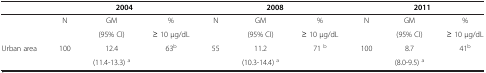
<table><thead><tr><td><b> </b></td><td colspan="3"><b>2004</b></td><td colspan="3"><b>2008</b></td><td colspan="3"><b>2011</b></td></tr></thead><tbody><tr><td rowspan="2"> </td><td rowspan="2">N</td><td>GM</td><td>%</td><td rowspan="2">N</td><td>GM</td><td>%</td><td rowspan="2">N</td><td>GM</td><td>%</td></tr><tr><td>(95% CI)</td><td>≥ 10 μg/dL</td><td>(95% CI)</td><td>≥ 10 μg/dL</td><td>(95% CI)</td><td>≥ 10 μg/dL</td></tr><tr><td>Urban area</td><td>100</td><td>12.4</td><td>63<sup>b</sup></td><td>55</td><td>11.2</td><td>71 <sup>b</sup></td><td>100</td><td>8.7</td><td>41<sup>b</sup></td></tr><tr><td> </td><td> </td><td>(11.4-13.3) <sup>a</sup></td><td> </td><td> </td><td>(10.3-14.4) <sup>a</sup></td><td> </td><td> </td><td>(8.0-9.5) <sup>a</sup></td><td> </td></tr></tbody></table>